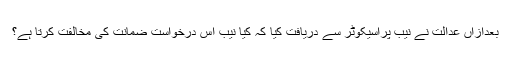
بعدازاں عدالت نے نیب پراسیکوٹر سے دریافت کیا کہ کیا نیب اس درخواست ضمانت کی مخالفت کرتا ہے؟